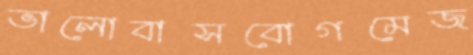
ভালোবাসবোগমেজ